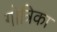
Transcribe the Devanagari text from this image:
गोत्रिका